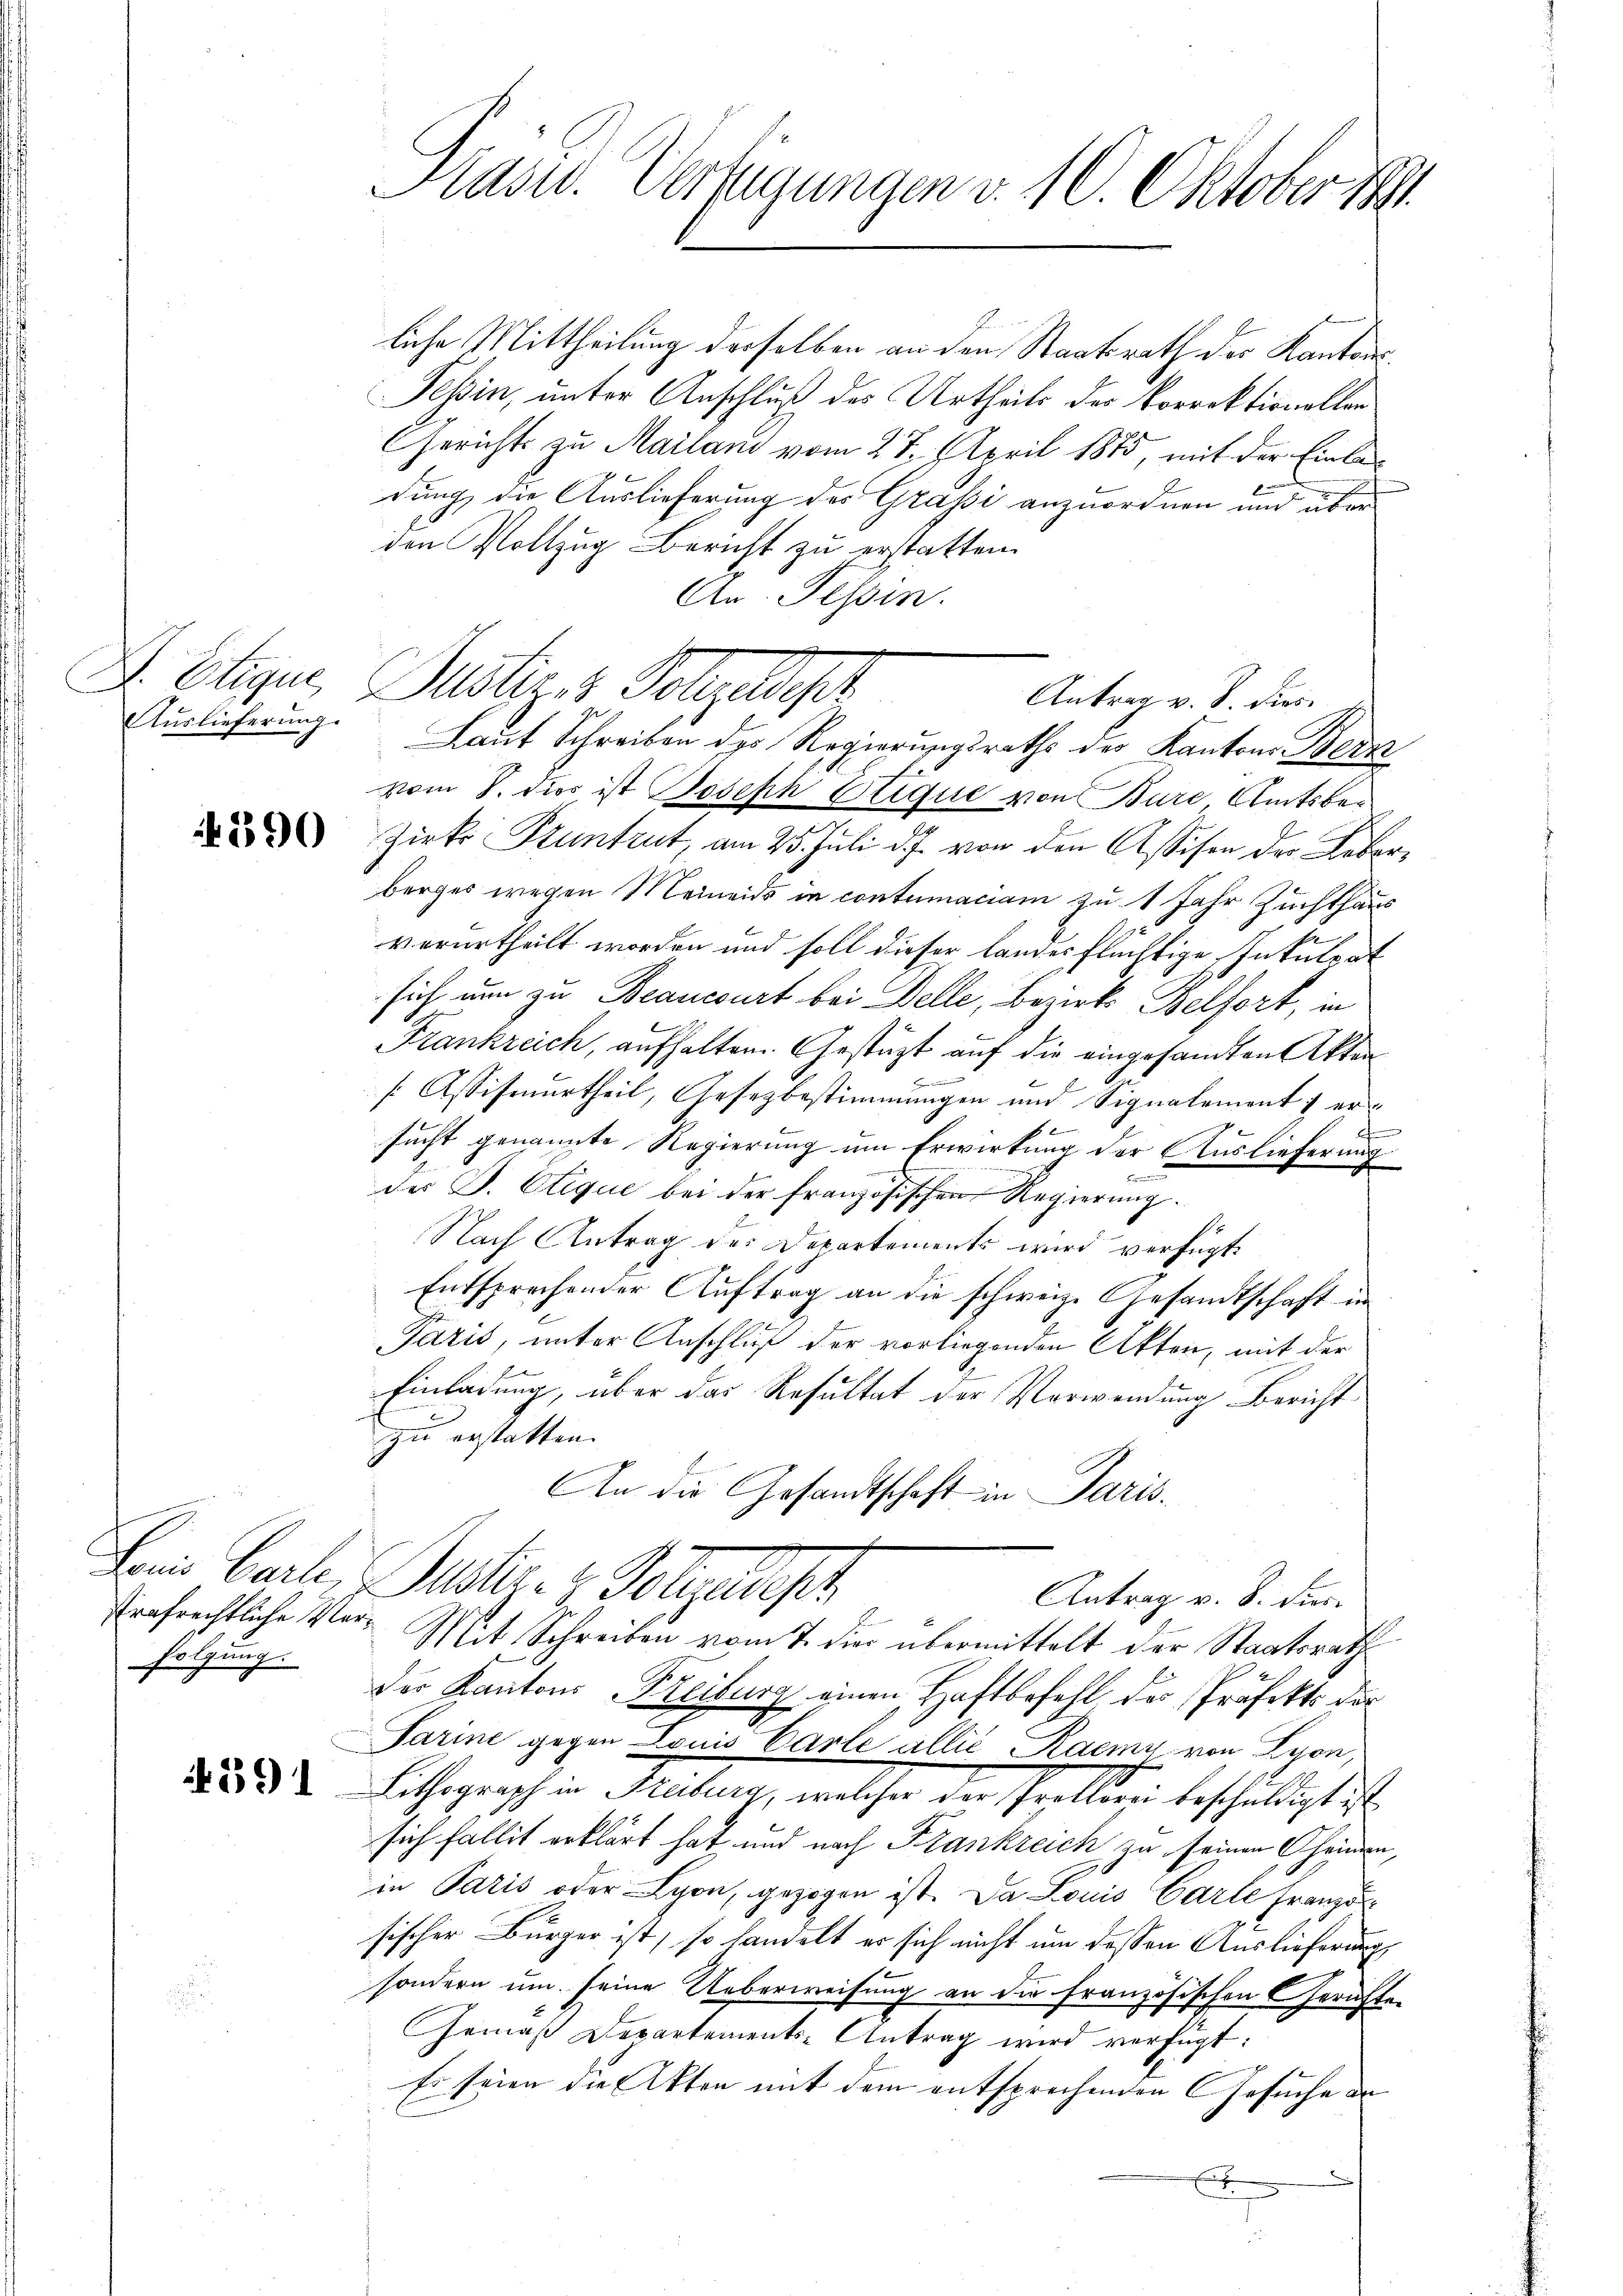
Auslieferung.

1 1890

folgung.

591

Präsid. Verfügungen v. 10. Oktober 189

liche Mittheilung derselben an den Staatsrath der Kantons¬
Tessin, unter Anschluß des Urtheils der Vorrektionellen
Gerichts zu Mailand vom 28. April 1875, mit der Einladung die Auslieferung des Grassi anzuordnen und über
den Vollzug Bericht zu erstatten.
An. Tessin.
Laut Schreiben des Regierungsraths des Kantons Bern
vom 8. dies ist Joseph Etique von Bure Amtsbe¬
Zirke Pruntrut, am 25. Juli d. J. von den Assisen der Leberberges wegen Meinends in contumaciam zu 1 Jahr Zuchthaus
k
verurtheilt worden und soll dieser Landes flüchtige Intulpat
sich nun zu Beancourt bei Delle, Bezirks Belfort, in
Frankreich, aufhalten. Gestüzt auf die eingesandten Akten
e
[Assifenurtheil, Gesezbestimmungen und Signalement: erf
.
sucht genannte Regierung um Erwirkung der Auslieferung
.
des S. Ctique bei der französischen Regierung.
Nach Antrag des Departements wird verfügt,
Entsprechender Auftrag an die schweiz. Gesandtschaft in
Paris, unter Anschluß der vorliegenden Akten, mit der
Einladung, über das Resultat der Verwendung Bericht
zu erstatten.
An die Gesandtschaft in Paris.
Dein Garte Bestire & Polytech
Antrag v. S. Fier.
trafrechtliche Vor- Mit Schreiben vom 7. die übermittelt der Staatsrath
der Kantons Freiburg einen Haftbefehl des Präfekts der
Tarine gegen Louis Carle allié Raemy von Lyon,
Lithograph in Freiburg, welcher der Prottorei beschuldigt ist
sich fallit erklärt hat, und nach Frankreich zu seinen Cheiden,
in Paris oder Lyon, gezogen ist. Da Louis Carte Franzö
sischer Bürger ist, so handelt er sich nicht um dessen Auslieferung
sondern um seine Ueberweisung an die französischen Gerichten
Gemäß Departements-Antrag wird verfügt:
Es seien die Akten mit dem entsprechenden Gesuche de

D. Etique, Justizes Polizeist

Antrag v. S. dies¬